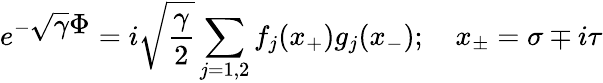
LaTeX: e^{-\displaystyle\sqrt{\gamma}\Phi}={i\sqrt{\frac{\gamma}{2}}}\sum_{j=1,2}f_{j}(x_{+})g_{j}(x_{-});\quad x_{\pm}=\sigma\mp i\tau